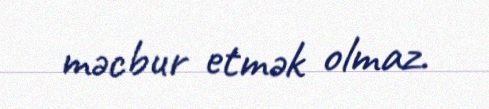
məcbur etmək olmaz.